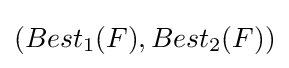
(Best_{1}(F),Best_{2}(F))